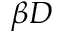
\beta D